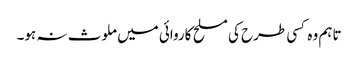
تاہم وہ کسی طرح کی مسلح کاروائی میں ملوث نہ ہو۔